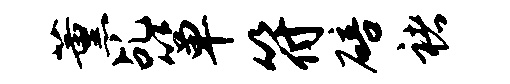
薰乩箪符碚褚